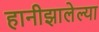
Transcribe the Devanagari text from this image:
हानीझालेल्या